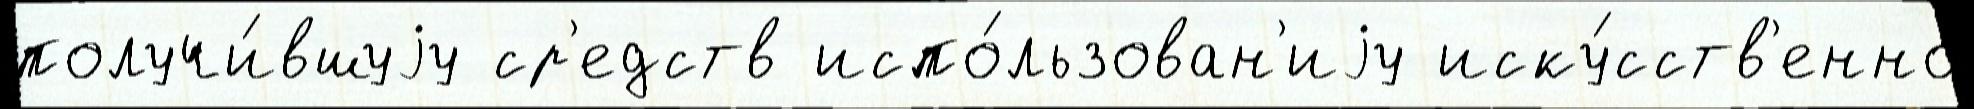
получи́вшуjу ср'едств испо́льзован'иjу иску́сств'енно